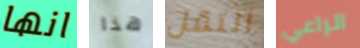
انها هذا انتقل الراعي